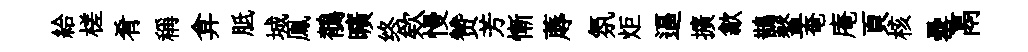
給槎肴稱弇胝城鳯鶺曠终欸慢赞芳慚蓐氛炬逼擴歙鵲鳌奄庵頁核罍鬲